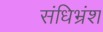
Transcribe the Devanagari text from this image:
संधिभ्रंश